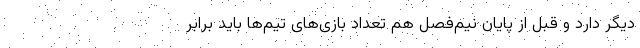
دیگر دارد و قبل از پایان نیم‌فصل هم تعداد بازی‌های تیم‌ها باید برابر